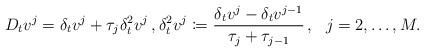
LaTeX: \begin{gather*} D_t v^j = \delta_t v^j + \tau_j \delta^2_t v^j \,, \delta^2_t v^j \coloneqq \frac{\delta_t v^j - \delta_t v^{j-1}}{\tau_j+\tau_{j-1}}\,, \ \ j=2,\dots,M.\end{gather*}